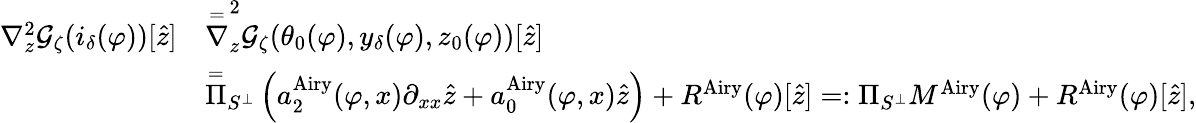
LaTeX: \begin{array}{rl}{\nabla_{z}^{2}\mathcal{G}_{\zeta}(i_{\delta}(\varphi))[\hat{z}]}&{\overset=\nabla_{z}^{2}\mathcal{G}_{\zeta}(\theta_{0}(\varphi),y_{\delta}(\varphi),z_{0}(\varphi))[\hat{z}]}\\ &{\overset=\Pi_{S^{\perp}}\left(a_{2}^{\mathrm{Airy}}(\varphi,x)\partial_{xx}\hat{z}+a_{0}^{\mathrm{Airy}}(\varphi,x)\hat{z}\right)+R^{\mathrm{Airy}}(\varphi)[\hat{z}]=:\Pi_{S^{\perp}}M^{\mathrm{Airy}}(\varphi)+R^{\mathrm{Airy}}(\varphi)[\hat{z}],}\end{array}